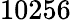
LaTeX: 10256